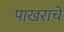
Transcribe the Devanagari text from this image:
पाखराचे